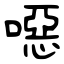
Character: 噁